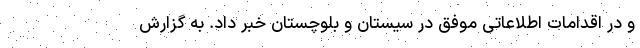
و در اقدامات اطلاعاتی موفق در سیستان و بلوچستان خبر داد. به گزارش